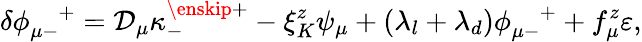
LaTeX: \delta\phi_{\mu-}^{\quad+}={\cal D}_{\mu}\kappa_{-}^{\enskip+}-\xi_{K}^{z}\psi_{\mu}+(\lambda_{l}+\lambda_{d})\phi_{\mu-}^{\quad+}+f_{\mu}^{z}\varepsilon,